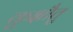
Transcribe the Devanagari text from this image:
कुक्षौतु